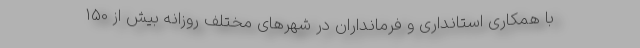
با همکاری استانداری و فرمانداران در شهرهای مختلف روزانه بیش از 150